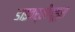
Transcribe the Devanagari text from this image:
डाइवर्सीफूड्स